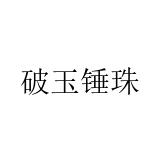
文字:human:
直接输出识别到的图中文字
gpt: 破玉锤珠